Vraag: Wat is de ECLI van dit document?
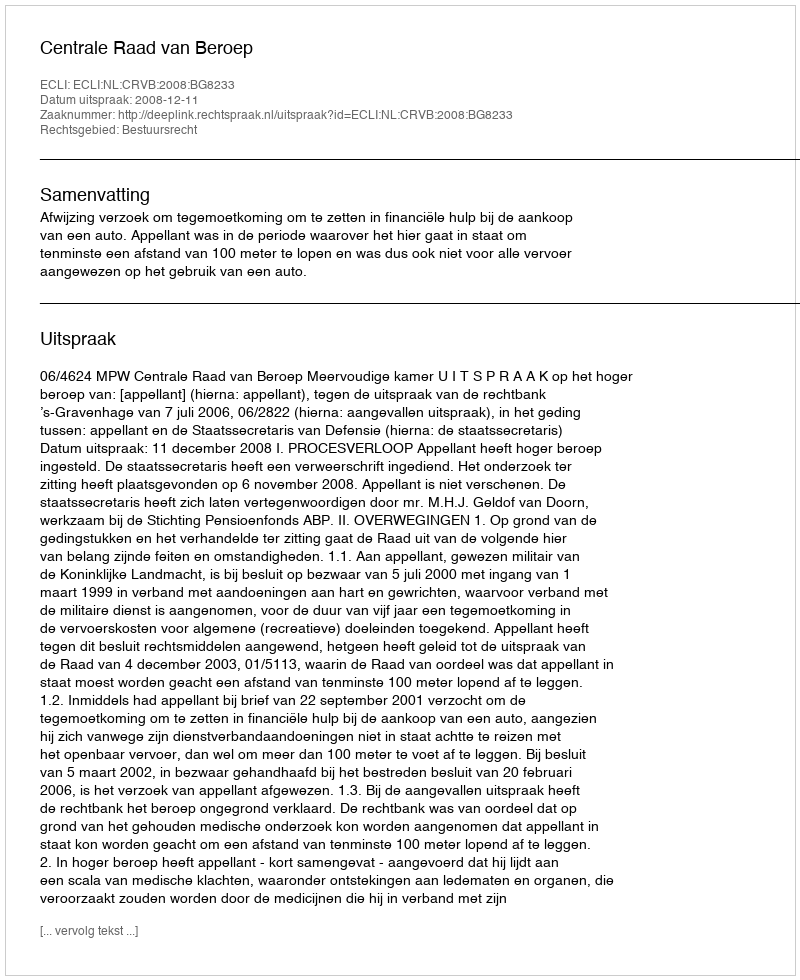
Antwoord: ECLI:NL:CRVB:2008:BG8233